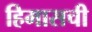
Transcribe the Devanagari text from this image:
हिमासची